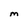
Character: M